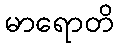
မာရောတိ